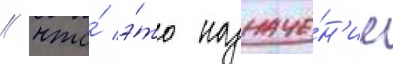
/ что́ э́то назначе́н'ие